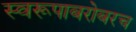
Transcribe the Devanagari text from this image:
स्वरूपाबरोबरच